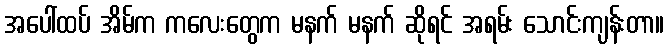
အပေါ်ထပ် အိမ်က ကလေးတွေက မနက် မနက် ဆိုရင် အရမ်း သောင်းကျန်းတာ။